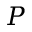
P